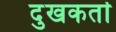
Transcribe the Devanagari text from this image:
दुखकर्ता